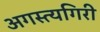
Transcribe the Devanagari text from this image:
अगस्त्यगिरी